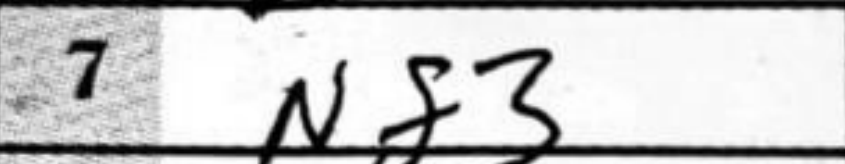
Transcription: Nf3